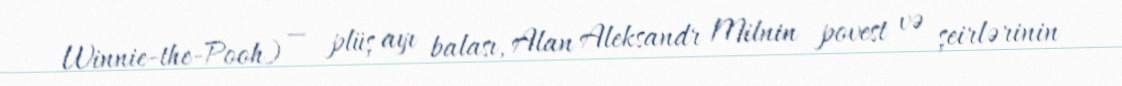
Winnie-the-Pooh) — plüş ayı balası, Alan Aleksandr Milnin povest və şeirlərinin